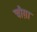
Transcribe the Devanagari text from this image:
चौग़ा